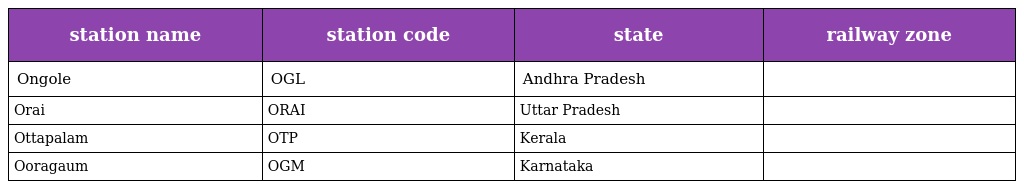
| station name | station code | state | railway zone |
 | --- | --- | --- | --- |
 | Ongole | OGL | Andhra Pradesh |  |
 | Orai | ORAI | Uttar Pradesh |  |
 | Ottapalam | OTP | Kerala |  |
 | Ooragaum | OGM | Karnataka |  |